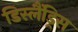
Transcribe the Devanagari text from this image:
डिस्लैंड्रिस